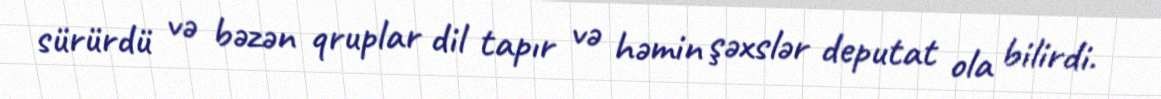
sürürdü və bəzən qruplar dil tapır və həmin şəxslər deputat ola bilirdi.